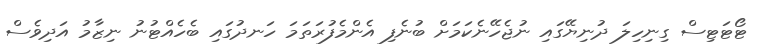
ޓޯޓަޓިސް ގިނިހިލަ ދުނިޔޭގައި ނުޖެހޭނެކަމަށް ބުނެފި އެންމެފުރަތަމަ ހަނދުގައި ބެހެއްޓުނު ނިޒާމު އަދިވެސް